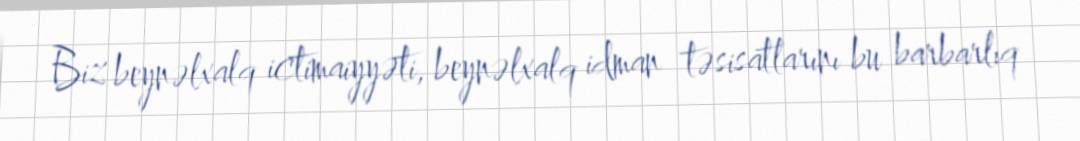
Biz beynəlxalq ictimaiyyəti, beynəlxalq idman təsisatlarını bu barbarlıq